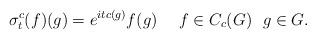
LaTeX: \begin{align*}\sigma^c_t(f)(g)=e^{it c(g)}f(g)\ \ \ \ f\in C_c(G)\ \ g\in G.\end{align*}